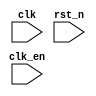
module part1 (
	input clk,    // Clock
	input clk_en, // Clock Enable
	input rst_n,  // Asynchronous reset active low
	
);

endmodule